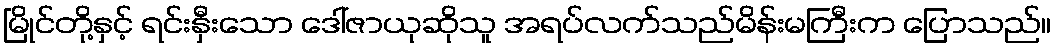
မြိုင်တို့နှင့် ရင်းနှီးသော ဒေါ်ဇာယုဆိုသူ အရပ်လက်သည်မိန်းမကြီးက ပြောသည်။